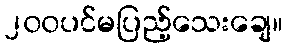
၂၀၀ပင်မပြည့်သေးချေ။